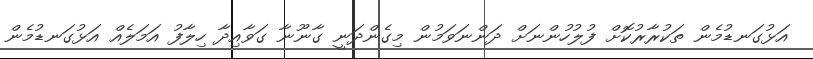
އަޅުގަނޑުމެން ތަކުރާރުކޮށް ފުލުހުންނަށް ދަންނަވަމުން މިގެންދަނީ ގާނޫނާ ގަވާއިދާ ހިލާފު އަމަލެއް އަޅުގަނޑުމެން